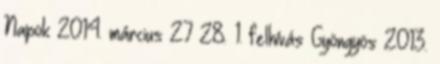
Napok 2014. március 27 28. 1. felhívás Gyöngyös 2013.